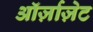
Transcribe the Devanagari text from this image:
ऑर्ज़ाज़ेट